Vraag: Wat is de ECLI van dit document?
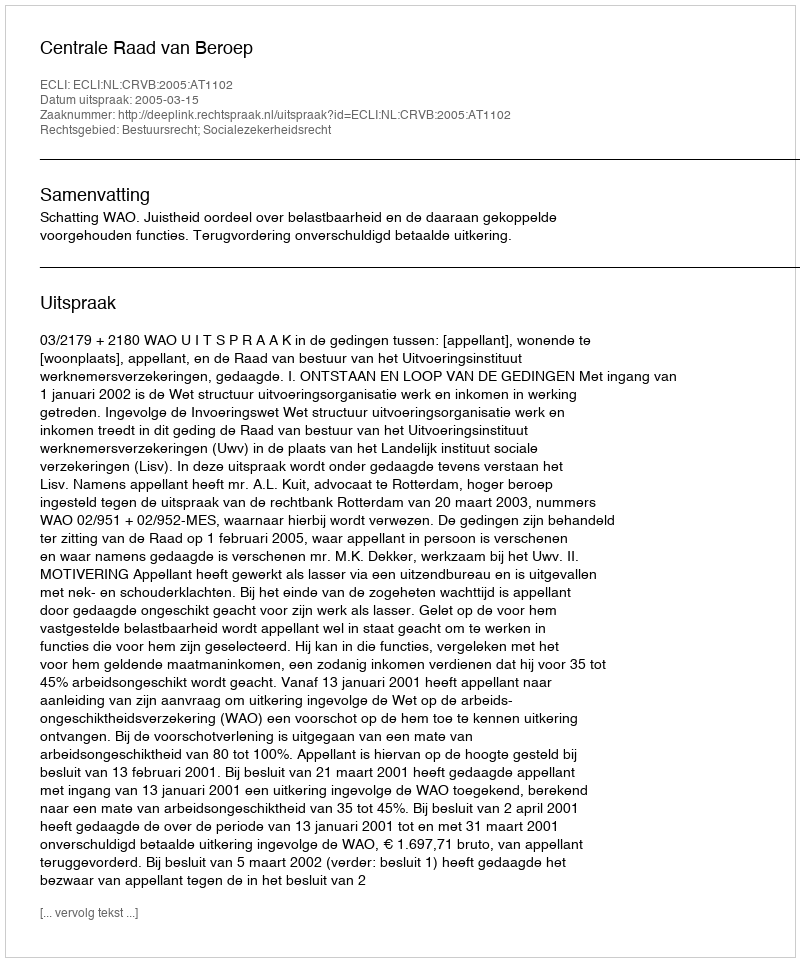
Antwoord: ECLI:NL:CRVB:2005:AT1102